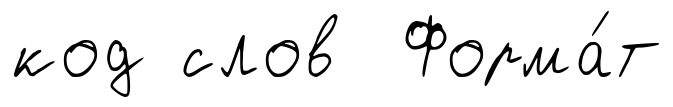
код слов Форма́т